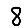
Digit: 8